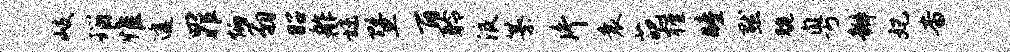
岐瑙惟透罪炳翁昭舴秣暨百聆浪纂片衰葩槿瞳默腕粤瓣妃杳